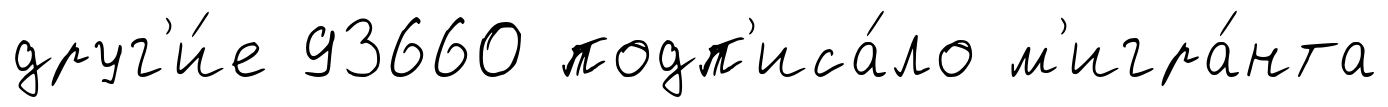
друг'и́е 93660 подп'иса́ло м'игра́нта